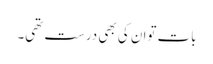
بات توان کی بھی درست تھی۔